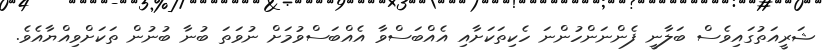
ޝަރީއަތުގައިވެސް ބަލާނީ ފެންނަންހުންނަ ހެކިތަކަށާއި އެއްބަސްވާ އެއްބަސްވުމަށް ނުވަތަ ބުނާ ބުނުން ތަކަށްވިއްޔާއެވެ.